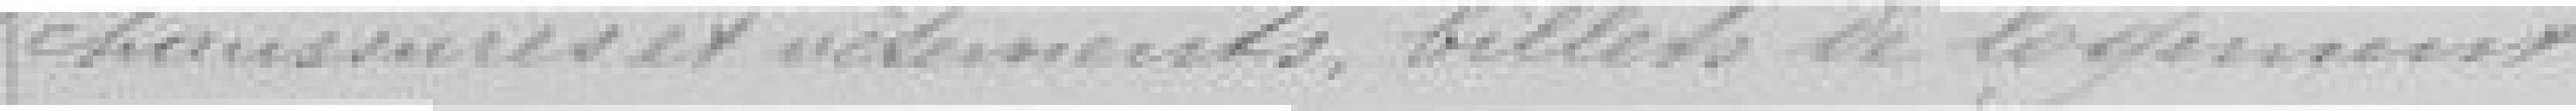
chaussures et vêtements, billets de logement